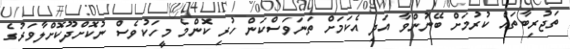
ތަޖުރިބާތައް ކުރުމަށް ބޭނުންވާ އަދި އެކަމަށް ތަނަވަސްކަން ހުރި ކޮންމެ މީހަކުވެސް ނުކޮށްދޫކޮށްލާވަރުގެ